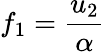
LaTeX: f_{1}=\frac{u_{2}}{\alpha}